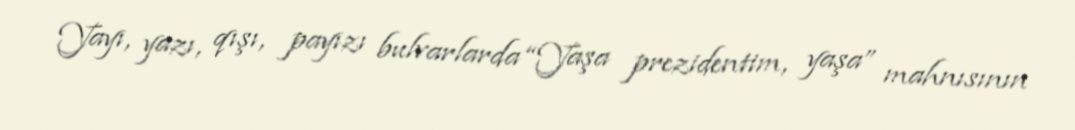
Yayı, yazı, qışı, payızı bulvarlarda “Yaşa prezidentim, yaşa” mahnısının